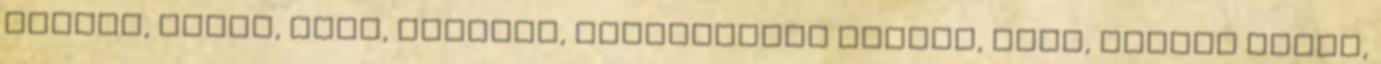
csalás, érett, anya, feleség, hardsextube amatőr, teen, ázsiai barna,